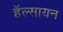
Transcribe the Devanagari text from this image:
हॅल्सायन